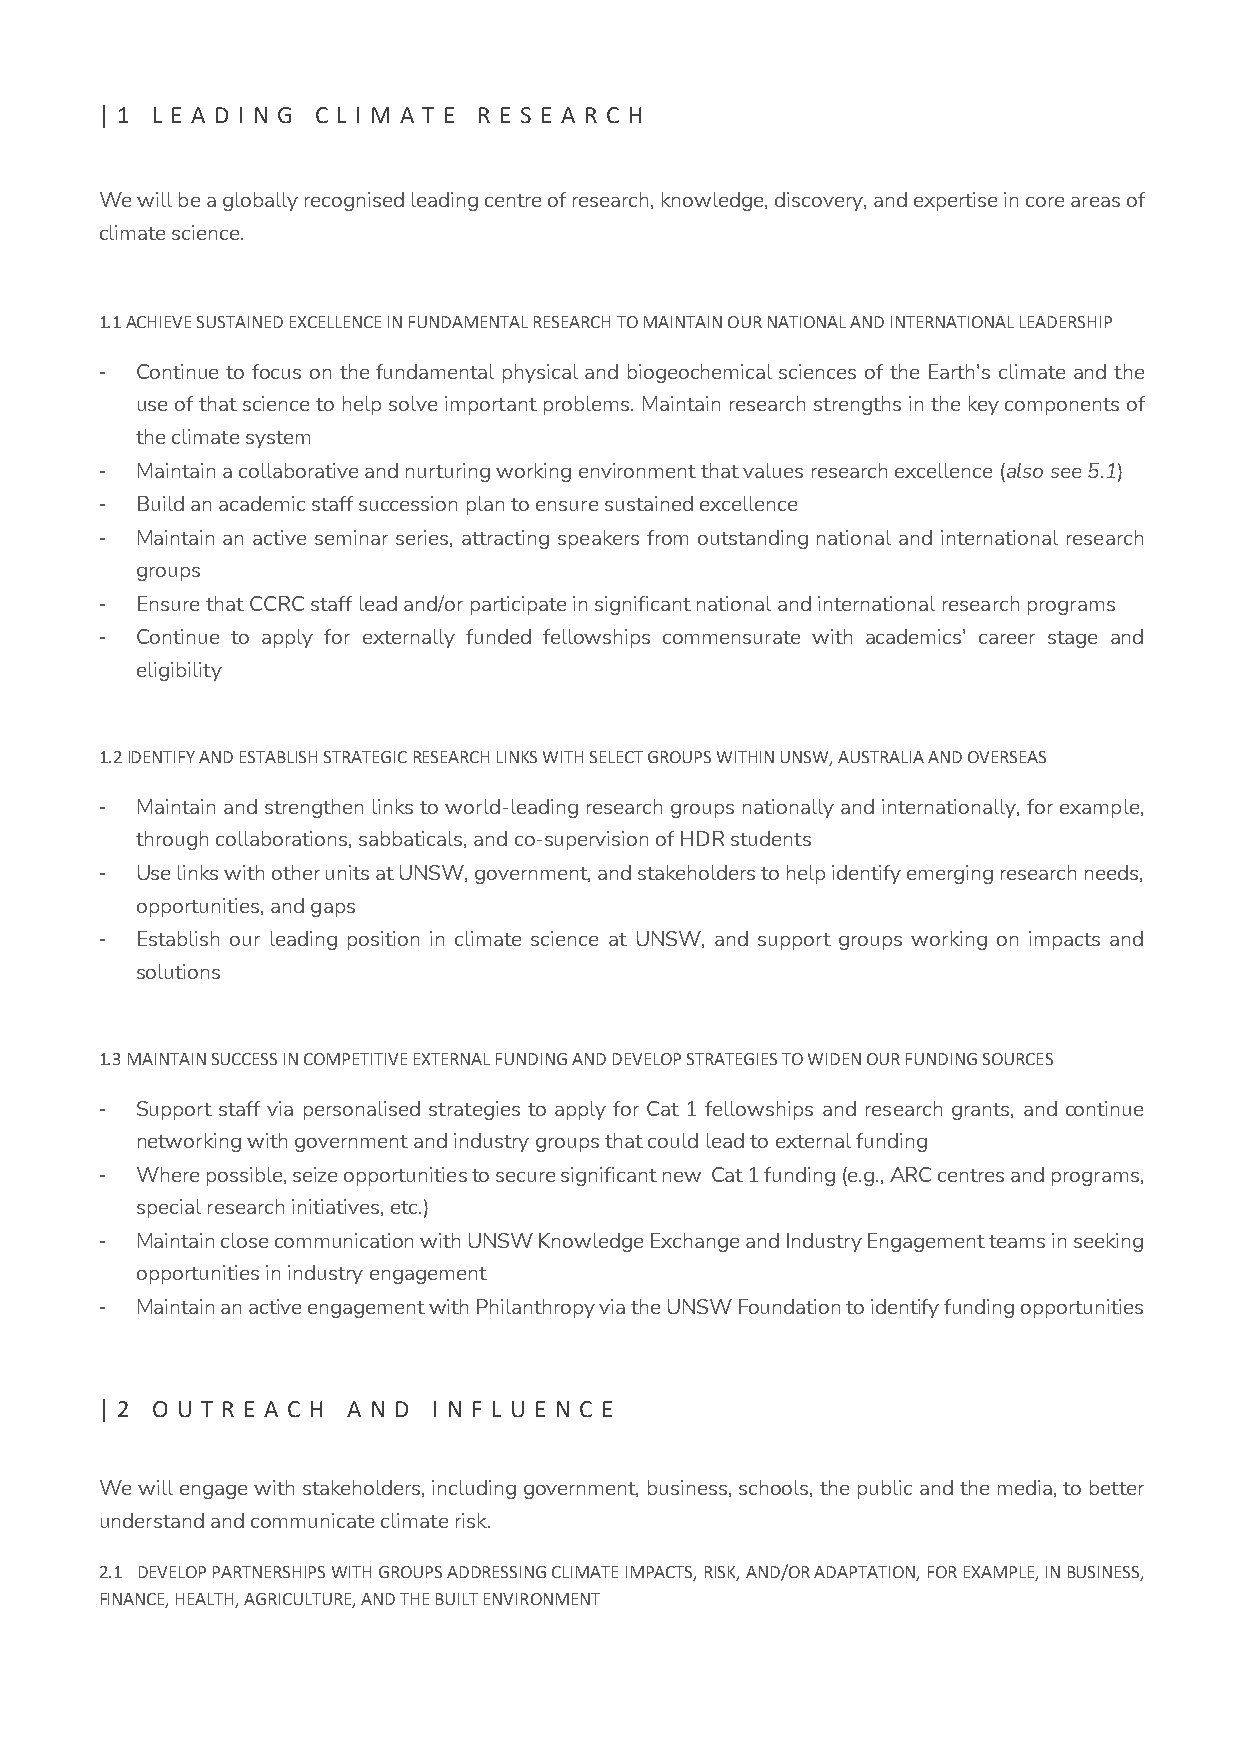
| 1 L E A D I N G C L I M A T E R E S E A R C H
 We will be a globally recognised leading centre of research, knowledge, discovery, and expertise in core areas of
 climate science.
 1.1 ACHIEVE SUSTAINED EXCELLENCE IN FUNDAMENTAL RESEARCH TO MAINTAIN OUR NATIONAL AND INTERNATIONAL LEADERSHIP
 - Continue to focus on the fundamental physical and biogeochemical sciences of the Earth’s climate and the
 use of that science to help solve important problems. Maintain research strengths in the key components of
 the climate system
 - Maintain a collaborative and nurturing working environment that values research excellence (also see 5.1)
 - Build an academic staff succession plan to ensure sustained excellence
 - Maintain an active seminar series, attracting speakers from outstanding national and international research
 groups
 - Ensure that CCRC staff lead and/or participate in significant national and international research programs
 - Continue to apply for externally funded fellowships commensurate with academics’ career stage and
 eligibility
 1.2 IDENTIFY AND ESTABLISH STRATEGIC RESEARCH LINKS WITH SELECT GROUPS WITHIN UNSW, AUSTRALIA AND OVERSEAS
 - Maintain and strengthen links to world-leading research groups nationally and internationally, for example,
 through collaborations, sabbaticals, and co-supervision of HDR students
 - Use links with other units at UNSW, government, and stakeholders to help identify emerging research needs,
 opportunities, and gaps
 - Establish our leading position in climate science at UNSW, and support groups working on impacts and
 solutions
 1.3 MAINTAIN SUCCESS IN COMPETITIVE EXTERNAL FUNDING AND DEVELOP STRATEGIES TO WIDEN OUR FUNDING SOURCES
 - Support staff via personalised strategies to apply for Cat 1 fellowships and research grants, and continue
 networking with government and industry groups that could lead to external funding
 - Where possible, seize opportunities to secure significant new Cat 1 funding (e.g., ARC centres and programs,
 special research initiatives, etc.)
 - Maintain close communication with UNSW Knowledge Exchange and Industry Engagement teams in seeking
 opportunities in industry engagement
 - Maintain an active engagement with Philanthropy via the UNSW Foundation to identify funding opportunities
 | 2 O U T R E A C H A N D I N F L U E N C E
 We will engage with stakeholders, including government, business, schools, the public and the media, to better
 understand and communicate climate risk.
 2.1 DEVELOP PARTNERSHIPS WITH GROUPS ADDRESSING CLIMATE IMPACTS, RISK, AND/OR ADAPTATION, FOR EXAMPLE, IN BUSINESS,
 FINANCE, HEALTH, AGRICULTURE, AND THE BUILT ENVIRONMENT